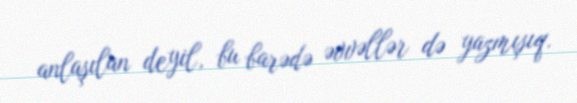
anlaşılan deyil, bu barədə əvvəllər də yazmışıq.